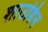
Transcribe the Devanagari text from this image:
शाउडिन